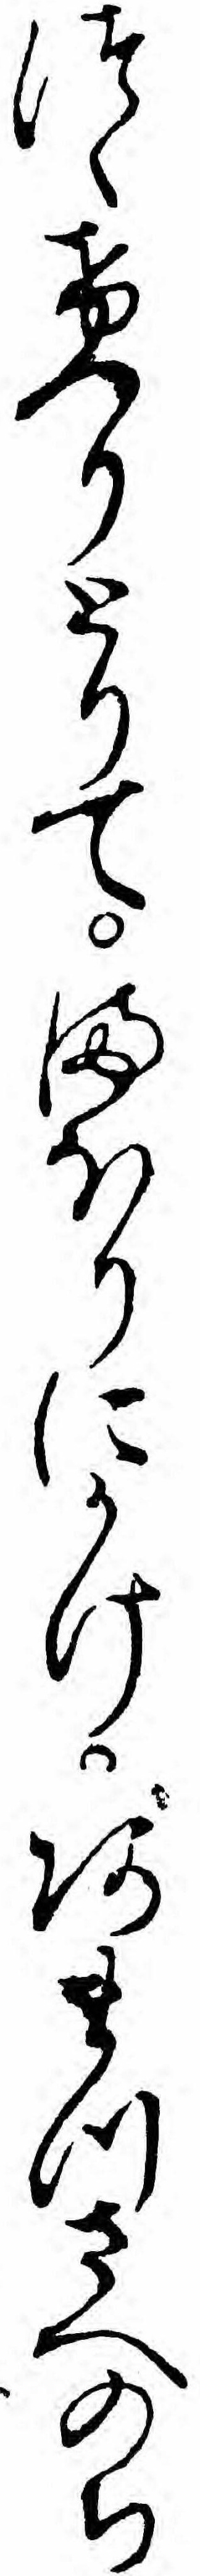
つゝけつりとりてまほりにかけあまつさへのち